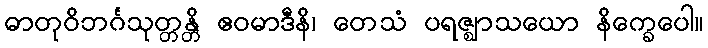
ဓာတုဝိဘင်္ဂသုတ္တန္တိ ဧဝမာဒီနိ၊ တေသံ ပရဇ္ဈာသယော နိက္ခေပေါ။